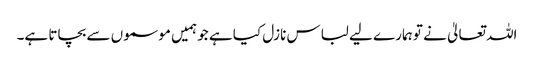
اللہ تعالیٰ نے تو ہمارے لیے لباس نازل کیا ہے جو ہمیں موسموں سے بچاتا ہے۔